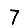
Digit: 7